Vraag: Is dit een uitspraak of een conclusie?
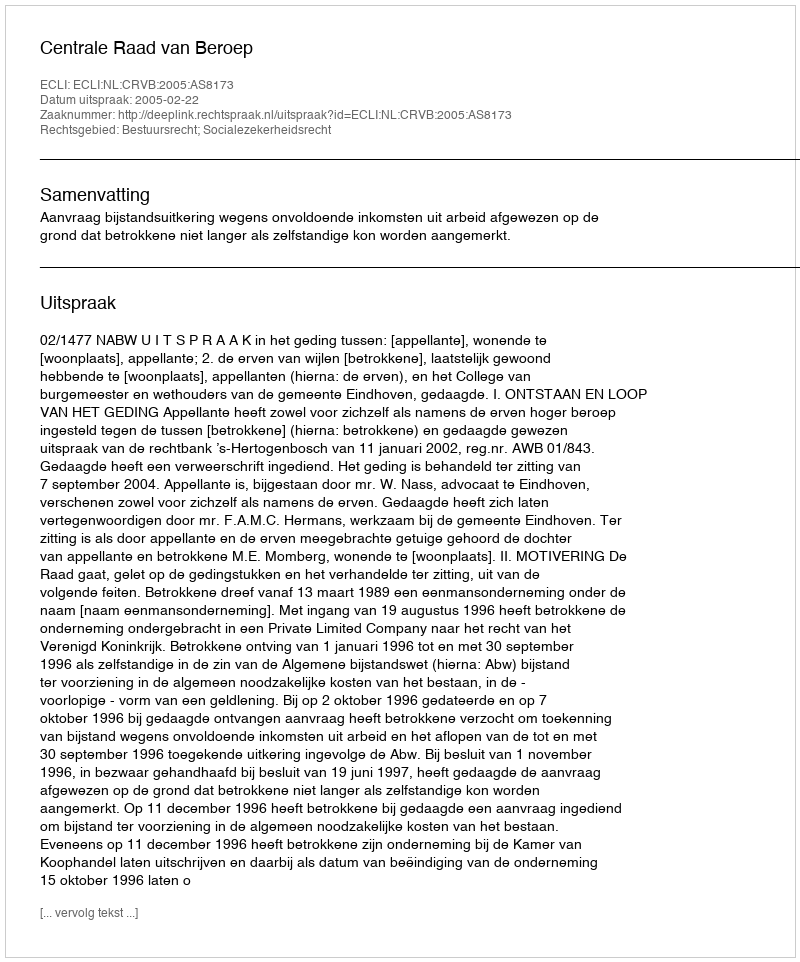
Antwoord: Uitspraak